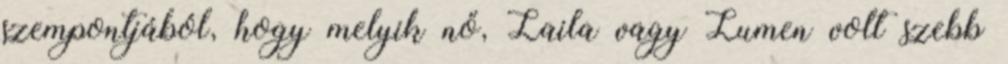
szempontjából, hogy melyik nő, Laila vagy Lumen volt szebb